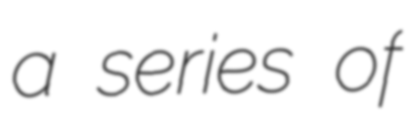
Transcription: a series of